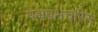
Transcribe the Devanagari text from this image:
पद्मप्रभचरित